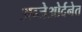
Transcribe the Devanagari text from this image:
अब्जेओर्दनेत